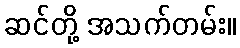
ဆင်တို့ အသက်တမ်း။